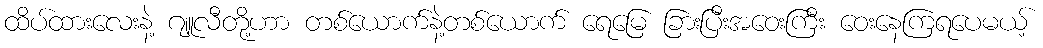
ထိပ်ထားလေးနဲ့ ဂျူလီတို့ဟာ တစ်ယောက်နဲ့တစ်ယောက် ရေမြေ ခြားပြီးအဝေးကြီး ဝေးနေကြရပေမယ့်